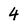
Character: 4